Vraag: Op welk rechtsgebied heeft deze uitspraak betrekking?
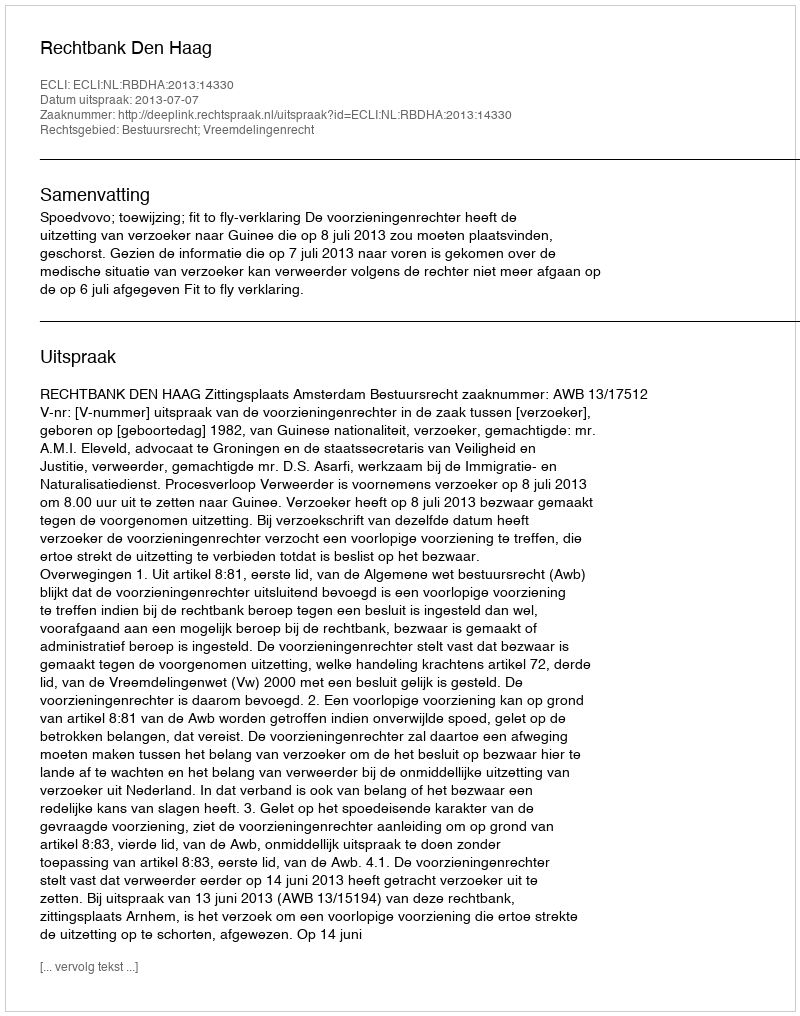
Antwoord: Bestuursrecht; Vreemdelingenrecht